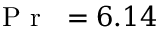
\mathrm { ~ \textit ~ { ~ P ~ r ~ } ~ } = 6 . 1 4